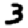
Digit: 3